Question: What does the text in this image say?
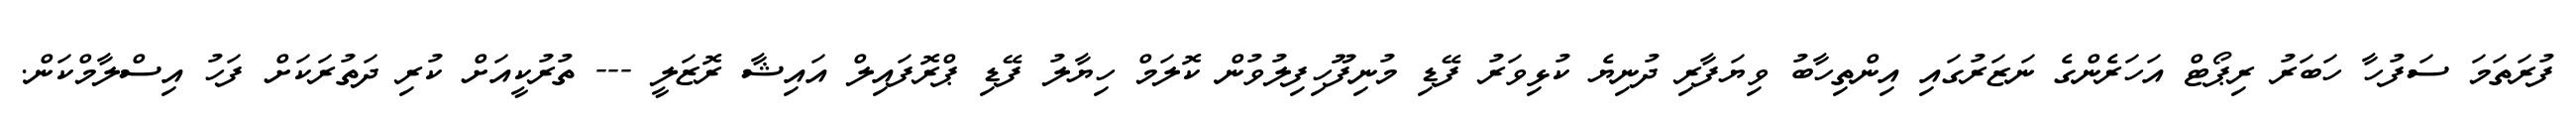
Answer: ފުރަތަމަ ސަފުހާ ހަބަރު ރިޕޯޓް އަހަރެންގެ ނަޒަރުގައި އިންތިހާބު ވިޔަފާރި ދުނިޔެ ކުޅިވަރު ފޭޑި މުނިފޫހިފިލުވުން ކޮލަމް ހިޔާލު ފޭޑި ޕްރޮފައިލް އައިޝާ ރޮޒަލީ --- ތުރުކީއަށް ކުރި ދަތުރަކަށް ފަހު އިސްލާމްކަން.